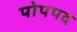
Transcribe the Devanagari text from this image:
पोपपद